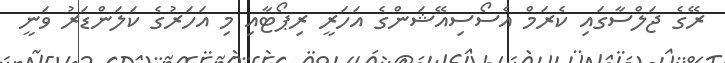
ރޭގެ ޖަލްސާގައި ކެރަމް އެސޯސިއޭޝަންގެ އަހަރީ ރިޕޯޓާއި މި އަހަރުގެ ކަލަންޑަރު ވަނީ